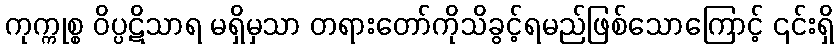
ကုက္ကုစ္စ ဝိပ္ပဋိသာရ မရှိမှသာ တရားတော်ကိုသိခွင့်ရမည်ဖြစ်သောကြောင့် ၎င်းရှိ